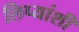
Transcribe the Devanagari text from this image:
लिप्यांशी